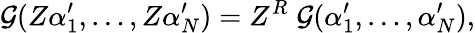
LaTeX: {\cal{G}}(Z\alpha_{1}^{\prime},\ldots,Z\alpha_{N}^{\prime})=Z^{R}\; {\cal{G}}(\alpha_{1}^{\prime},\ldots,\alpha_{N}^{\prime}),